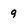
Character: 9